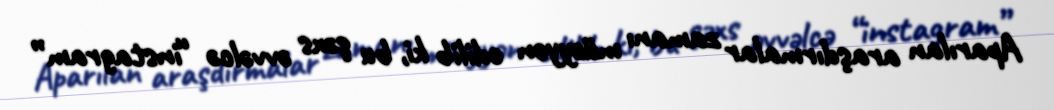
Aparılan araşdırmalar zamanı müəyyən edilib ki, bu şəxs əvvəlcə “instagram”